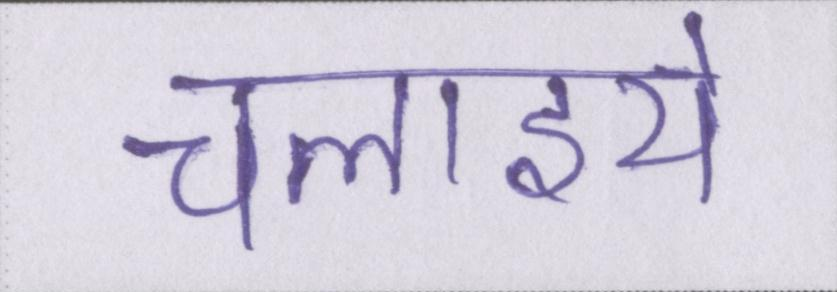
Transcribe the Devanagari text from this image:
चलाइये